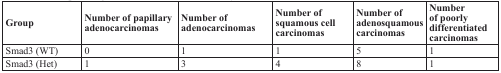
<table><thead><tr><td><b>Group</b></td><td><b>Number of papillary adenocarcinomas</b></td><td><b>Number of adenocarcinomas</b></td><td><b>Number of squamous cell carcinomas</b></td><td><b>Number of adenosquamous carcinomas</b></td><td><b>Number of poorly differentiated carcinomas</b></td></tr></thead><tbody><tr><td>Smad3 (WT)</td><td>0</td><td>1</td><td>1</td><td>5</td><td>1</td></tr><tr><td>Smad3 (Het)</td><td>1</td><td>3</td><td>4</td><td>8</td><td>1</td></tr></tbody></table>